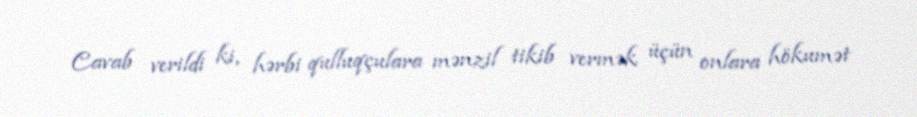
Cavab verildi ki, hərbi qulluqçulara mənzil tikib vermək üçün onlara hökumət